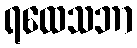
ရထေသဘာ